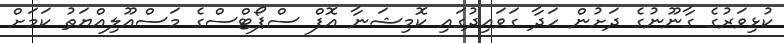
ކުޅިވަރުގެ ގާނޫނުގެ ދަށުން ހަދާ ގަވައިދުގައި ކޮމިޝަނާ އޮފް ސްޕޯޓްސްގެ މަސްއޫލިއްޔަތު ކަމަށް